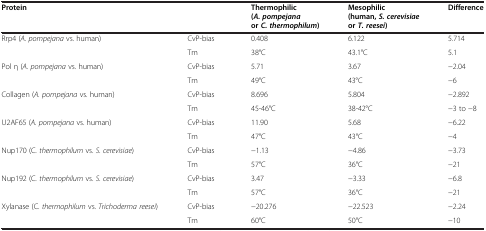
| Protein |  | Thermophilic (A. pompejana or C. thermophilum) | Mesophilic (human,S. cerevisiaeorT. reesei) | Difference |
 | --- | --- | --- | --- | --- |
 | Rrp4 (A. pompejana vs. human) | CvP-bias | 0.408 | 6.122 | 5.714 |
 |  | Tm | 38°C | 43.1°C | 5.1 |
 | Pol η (A. pompejana vs. human) | CvP-bias | 5.71 | 3.67 | −2.04 |
 |  | Tm | 49°C | 43°C | −6 |
 | Collagen (A. pompejana vs. human) | CvP-bias | 8.696 | 5.804 | −2.892 |
 |  | Tm | 45-46°C | 38-42°C | −3 to −8 |
 | U2AF65 (A. pompejana vs. human) | CvP-bias | 11.90 | 5.68 | −6.22 |
 |  | Tm | 47°C | 43°C | −4 |
 | Nup170 (C. thermophilum vs. S. cerevisiae) | CvP-bias | −1.13 | −4.86 | −3.73 |
 |  | Tm | 57°C | 36°C | −21 |
 | Nup192 (C. thermophilum vs. S. cerevisiae) | CvP-bias | 3.47 | −3.33 | −6.8 |
 |  | Tm | 57°C | 36°C | −21 |
 | Xylanase (C. thermophilum vs. Trichoderma reesei) | CvP-bias | −20.276 | −22.523 | −2.24 |
 |  | Tm | 60°C | 50°C | −10 |